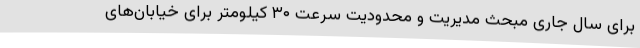
برای سال جاری مبحث مدیریت و محدودیت سرعت ۳۰ کیلومتر برای خیابان‌های